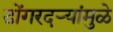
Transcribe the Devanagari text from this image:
डोंगरदऱ्यांमुळे